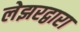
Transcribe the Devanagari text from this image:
लेझरद्वारा